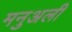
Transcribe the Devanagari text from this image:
मनुअली